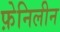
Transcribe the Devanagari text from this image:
फ़ेनिलीन